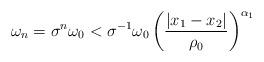
LaTeX: \begin{align*}\omega_{n} = \sigma^{n}\omega_{0} < \sigma^{-1}\omega_{0} \left(\frac{|x_1-x_2|}{\rho_{0}}\right)^{\alpha_1}\end{align*}